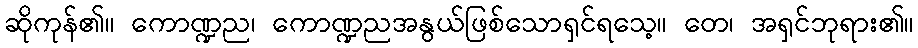
ဆိုကုန်၏။ ကောဏ္ဍည၊ ကောဏ္ဍညအနွယ်ဖြစ်သောရှင်ရသေ့။ တေ၊ အရှင်ဘုရား၏။